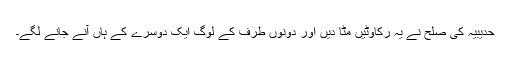
حدیبیہ کی صلح نے یہ رکاوٹیں مٹا دیں اور دونوں طرف کے لوگ ایک دوسرے کے ہاں آنے جانے لگے۔